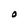
Character: O